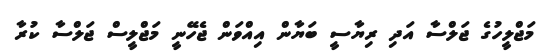
މަޖްލީހުގެ ޖަލްސާ އަދި ރިޔާސީ ބަޔާން އިއްވަން ޖެހޭނީ މަޖްލީސް ޖަލްސާ ކުރާ